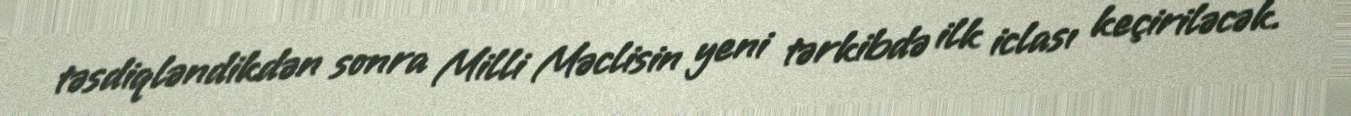
təsdiqləndikdən sonra Milli Məclisin yeni tərkibdə ilk iclası keçiriləcək.